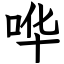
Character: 哗